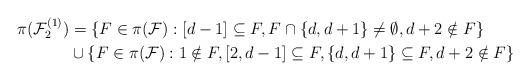
LaTeX: \begin{align*}\begin{aligned}\pi(\mathcal F_2^{(1)})&=\{F\in\pi(\mathcal F):[d-1]\subseteq F,F\cap\{d,d+1\}\neq\emptyset,d+2\notin F\}\\&\cup\{F\in\pi(\mathcal F):1\notin F,[2,d-1]\subseteq F,\{d,d+1\}\subseteq F,d+2\notin F\}\end{aligned}\end{align*}